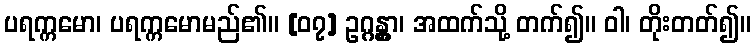
ပရက္ကမော၊ ပရက္ကမောမည်၏။ [၀၇] ဥဂ္ဂန္တွာ၊ အထက်သို့ တက်၍။ ဝါ၊ တိုးတတ်၍။